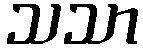
သသာ